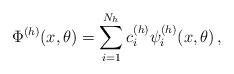
LaTeX: \begin{align*} \Phi^{(h)} (x,\theta)=\sum_{i =1}^{N_h} c_i^{(h)} \psi_i^{(h)} (x,\theta) \,,\end{align*}